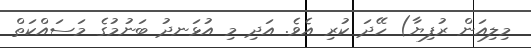
މިލިއަން ރުފިޔާ) ހޭދަ ކުރި އެވެ. އަދި މި އުޅަނދު ބަނުމުގެ މަސައްކަތް